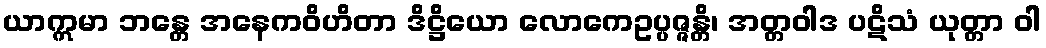
ယာဣမာ ဘန္တေ အနေကဝိဟိတာ ဒိဋ္ဌိယော လောကေဥပ္ပဇ္ဇန္တိ၊ အတ္တဝါဒ ပဋိသံ ယုတ္တာ ဝါ